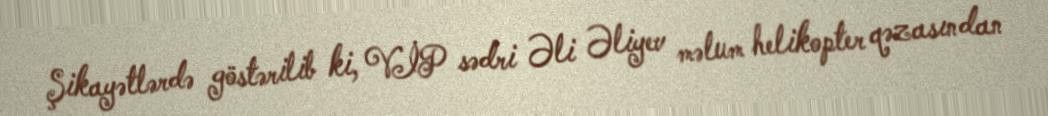
Şikayətlərdə göstərilib ki, VİP sədri Əli Əliyev məlum helikopter qəzasından